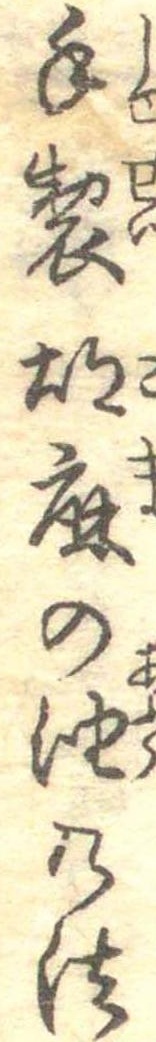
手製胡麻の油の法